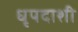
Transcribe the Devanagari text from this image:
धृपदाशी